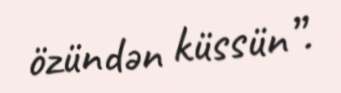
özündən küssün”.